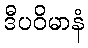
ဒီပဝိမာနံ